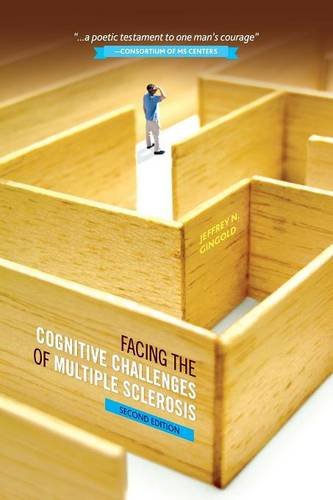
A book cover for Facing the Cognitive Challenges of Multiple Sclerosis; Jeffrey Gingold; Health, Fitness & Dieting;